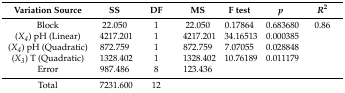
<table><thead><tr><td><b>Variation Source</b></td><td><b>SS</b></td><td><b>DF</b></td><td><b>MS</b></td><td><b>F test</b></td><td><b><i>p</i></b></td><td><b><i>R</i><sup>2</sup></b></td></tr></thead><tbody><tr><td>Block</td><td>22.050</td><td>1</td><td>22.050</td><td>0.17864</td><td>0.683680</td><td>0.86</td></tr><tr><td>(<i>X<sub>4</sub></i>) pH (Linear)</td><td>4217.201</td><td>1</td><td>4217.201</td><td>34.16513</td><td>0.000385</td><td></td></tr><tr><td>(<i>X<sub>4</sub></i>) pH (Quadratic)</td><td>872.759</td><td>1</td><td>872.759</td><td>7.07055</td><td>0.028848</td><td></td></tr><tr><td>(<i>X<sub>3</sub></i>) T (Quadratic)</td><td>1328.402</td><td>1</td><td>1328.402</td><td>10.76189</td><td>0.011179</td><td></td></tr><tr><td>Error</td><td>987.486</td><td>8</td><td>123.436</td><td></td><td></td><td></td></tr><tr><td>Total</td><td>7231.600</td><td>12</td><td></td><td></td><td></td><td></td></tr></tbody></table>